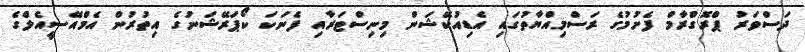
ދަސްވަރު ޕްރޮގްރާމް ފެށުމުގެ ރަސްމިއްޔާތުގައި އެޑިއުކޭޝަން މިނިސްޓަރާއި ފެނަކަ ކޯޕަރޭޝަނުގެ އިތުރުން އެމްއޭސީއެލްގެ